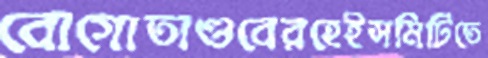
বোগোতাণ্ডবেরহেইসমিটিতে